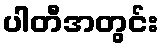
ပါတီအတွင်း